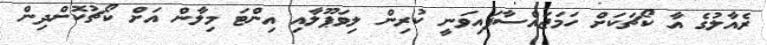
ރެއާލުގެ އާ ކޯޗަކަށް ހަމަޖައްސާފައިވަނީ ކުރިން ލިވަޕޫލާއި އިންޓަ މިލާން އަށް ކޯޗުކޮށްދިން